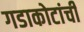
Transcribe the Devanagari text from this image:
गडाकोटांची